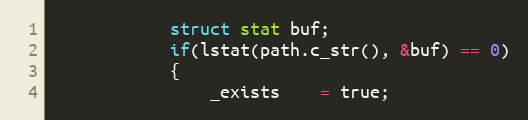
Language: C++
			struct stat buf;
			if(lstat(path.c_str(), &buf) == 0)
			{
				_exists    = true;